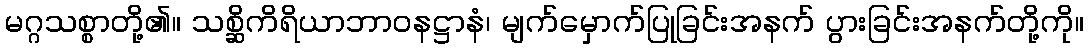
မဂ္ဂသစ္စာတို့၏။ သစ္ဆိကိရိယာဘာဝနဋ္ဌာနံ၊ မျက်မှောက်ပြုခြင်းအနက် ပွားခြင်းအနက်တို့ကို။